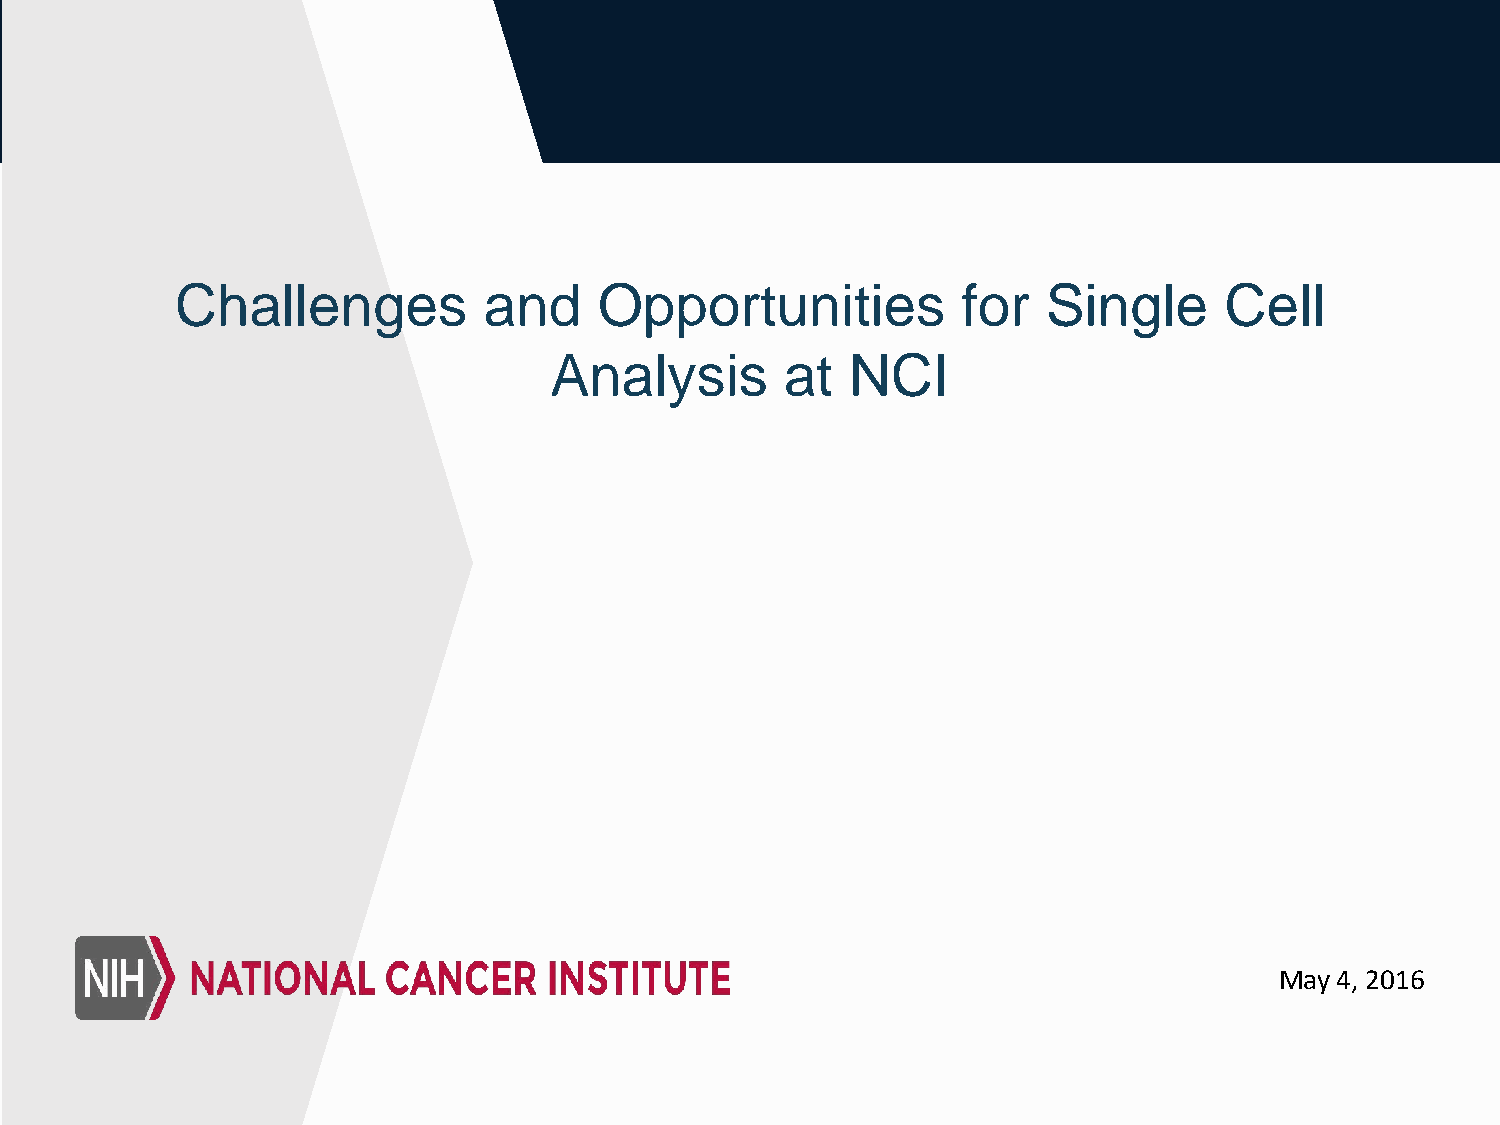
Challenges          and     Opportunities           for  Single      Cell
 Analysis        at  NCI
 May 4, 2016